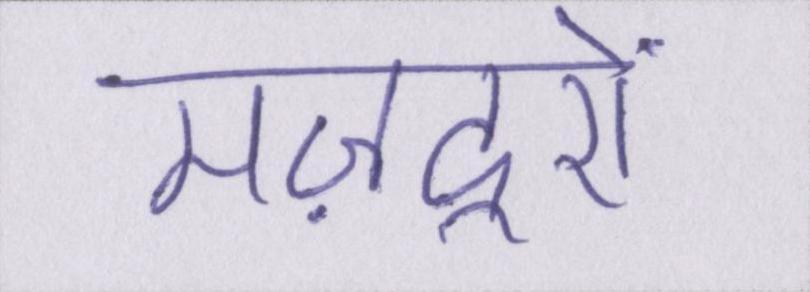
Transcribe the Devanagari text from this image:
मज़दूरों